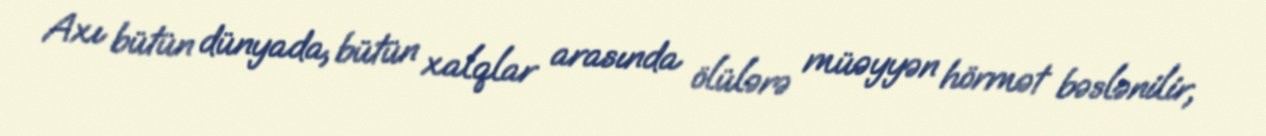
Axı bütün dünyada, bütün xalqlar arasında ölülərə müəyyən hörmət bəslənilir,